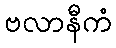
ဗလာနီကံ